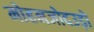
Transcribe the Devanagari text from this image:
मोहनजोदउड़ो